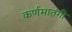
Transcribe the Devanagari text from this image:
कर्णमातंगी